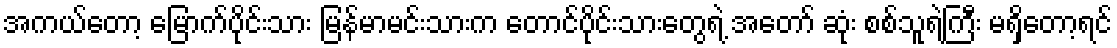
အကယ်တော့ မြောက်ပိုင်းသား မြန်မာမင်းသားက တောင်ပိုင်းသားတွေရဲ့ အတော် ဆုံး စစ်သူရဲကြီး မရှိတော့ရင်